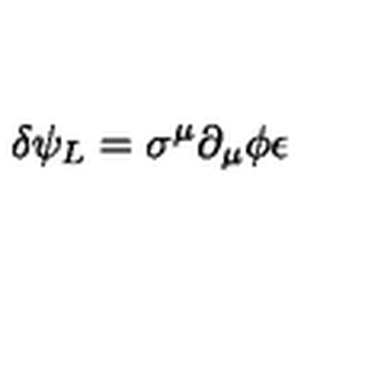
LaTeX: \delta \psi _ { L } = \sigma ^ { \mu } \partial _ { \mu } \phi \epsilon